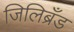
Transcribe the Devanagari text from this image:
जिलिब्रँड